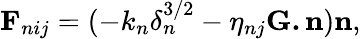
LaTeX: \mathbf{F}_{nij}=(-k_{n}\delta_{n}^{3/2}-\eta_{nj}\mathbf{G.n})\mathbf{n},